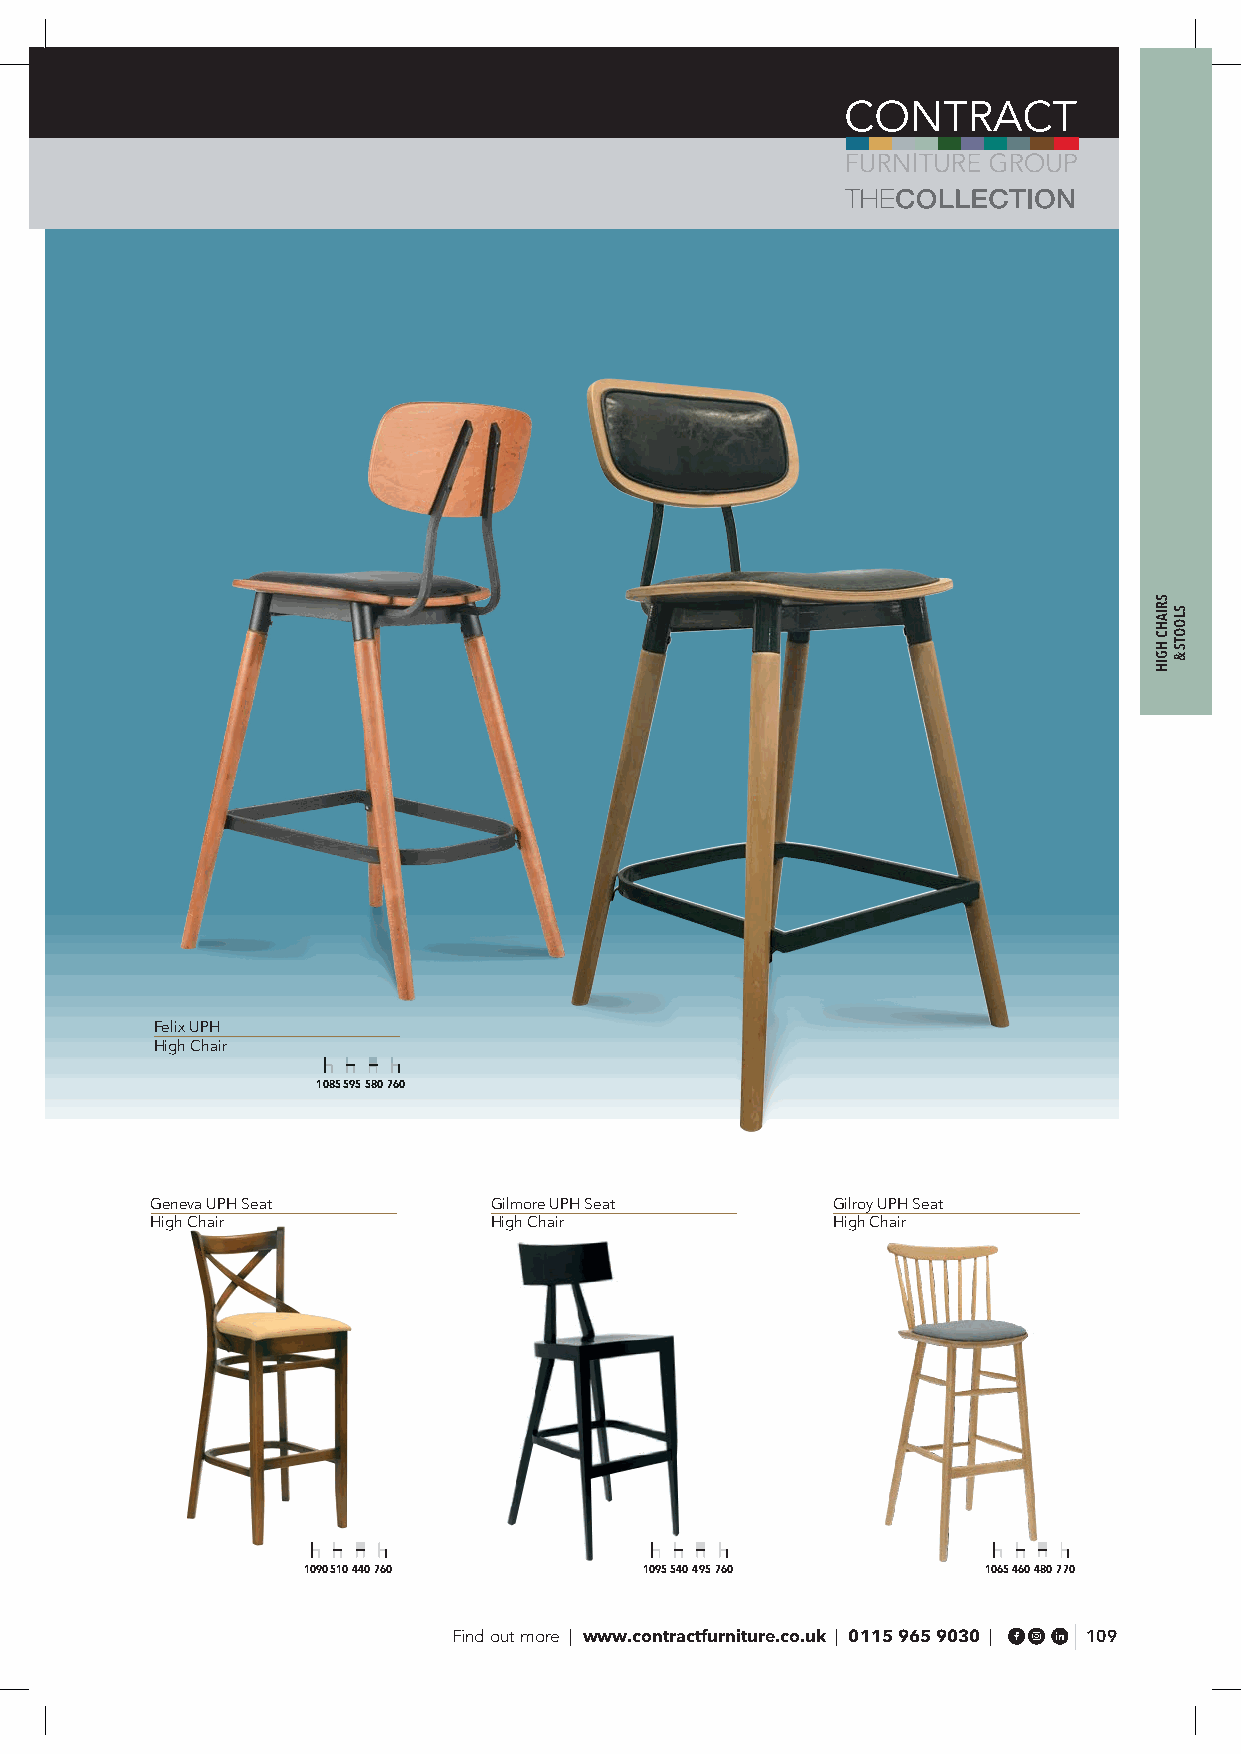
Felix UPH
 High Chair
 1085 595 580 760
 Geneva UPH Seat       Gilmore UPH Seat       Gilroy UPH Seat
 High Chair            High Chair             High Chair
 1090 510 440 760       1095 540 495 760      1065 460 480 770
 Find out more | www.contractfurniture.co.uk | 0115 965 9030 | 109
 SRIAHC
 HGIH
 SLOOTS
 &